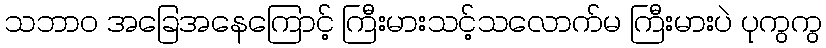
သဘာဝ အခြေအနေကြောင့် ကြီးမားသင့်သလောက်မ ကြီးမားပဲ ပုကွကွ